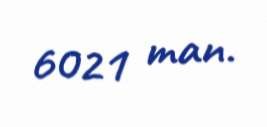
6021 man.